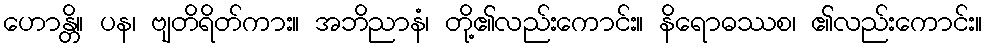
ဟောန္တိ။ ပန၊ ဗျတိရိတ်ကား။ အဘိညာနံ၊ တို့၏လည်းကောင်း။ နိရောဓဿစ၊ ၏လည်းကောင်း။